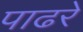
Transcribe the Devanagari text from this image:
पाढरे